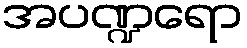
အပဏ္ဍရော